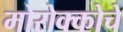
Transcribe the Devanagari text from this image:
मोरोक्कोचे